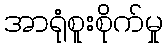
အာရုံစူးစိုက်မှု